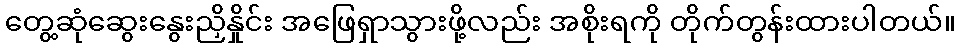
တွေ့ဆုံဆွေးနွေးညှိနှိုင်း အဖြေရှာသွားဖို့လည်း အစိုးရကို တိုက်တွန်းထားပါတယ်။